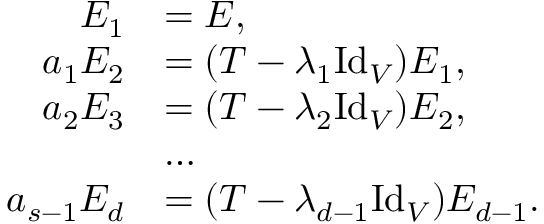
\begin{array} { r l } { E _ { 1 } } & { = E , } \\ { a _ { 1 } E _ { 2 } } & { = ( T - \lambda _ { 1 } \mathrm { I d } _ { V } ) E _ { 1 } , } \\ { a _ { 2 } E _ { 3 } } & { = ( T - \lambda _ { 2 } \mathrm { I d } _ { V } ) E _ { 2 } , } \\ & { \ldots } \\ { a _ { s - 1 } E _ { d } } & { = ( T - \lambda _ { d - 1 } \mathrm { I d } _ { V } ) E _ { d - 1 } . } \end{array}